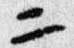
二